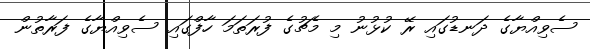
ސެވިއްޔާގެ ދަނޑުގައި ރޭ ކުޅުނު މި މެޗުގެ ފުރަތަމަ ހާފްގައި ސެވިއްޔާގެ ފަރާތުން